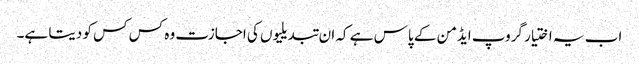
اب یہ اختیار گروپ ایڈمن کے پاس ہے کہ ان تبدیلیوں کی اجازت وہ کس کس کو دیتا ہے۔